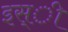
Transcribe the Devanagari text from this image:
इस्ी